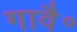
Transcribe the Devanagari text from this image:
गावै॰